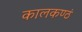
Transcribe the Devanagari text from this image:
कालकण्ठं